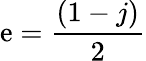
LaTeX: \mathrm{e}=\frac{{(1-j)}}{{2}}